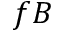
f B